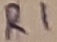
Text: R1